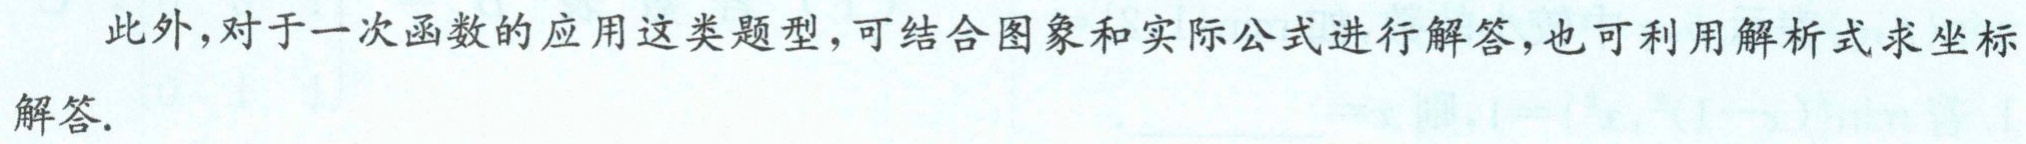
此外,对于一次函数的应用这类题型,可结合图象和实际公式进行解答,也可利用解析式求坐标解答.